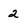
Character: 2